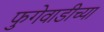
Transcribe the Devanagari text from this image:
फुगेवाडीच्या